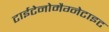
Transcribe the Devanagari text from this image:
टाईटेनोमैग्नेटाइट